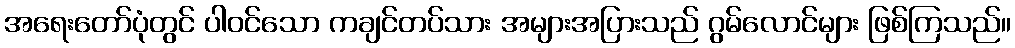
အရေးတော်ပုံတွင် ပါဝင်သော ကချင်တပ်သား အများအပြားသည် ဂွမ်လောင်များ ဖြစ်ကြသည်။